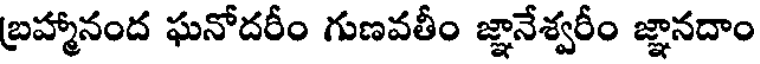
బ్రహ్మానంద ఘనోదరీం గుణవతీం జ్ఞానేశ్వరీం జ్ఞానదాం